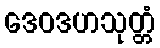
ဒေဝဒဟသုတ္တံ